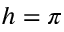
h = \pi